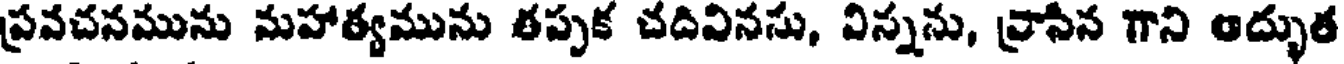
ప్రవచనమును నుహాత్యమును తప్పక చదివినసు, విన్నను, వ్రాసిన గాని అద్భుత